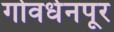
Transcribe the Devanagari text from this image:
गोवर्धनपूर